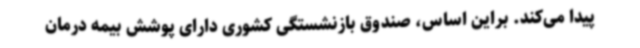
پیدا می‌کند. براین اساس، صندوق بازنشستگی کشوری دارای پوشش بیمه درمان